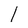
Character: l